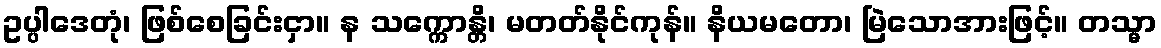
ဥပ္ပါဒေတုံ၊ ဖြစ်စေခြင်းငှာ။ န သက္ကောန္တိ၊ မတတ်နိုင်ကုန်။ နိယမတော၊ မြဲသောအားဖြင့်။ တသ္မာ